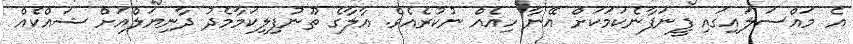
އެ މައްސަލައިގައި ފީނަފާނެކަމަކަށް އޭނާ ހިއެއް ނުކުރެއެވެ. އާލާގެ ތޫނުފިލިކަމާމެދު ދާނިޔަލްއަށް ޝައްކެއް